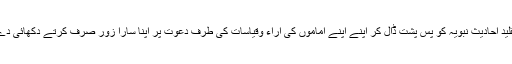
جبکہ اہلِ تقلید احادیث نبویہ کو پسِ پشت ڈال کر اپنے اپنے اماموں کی آراء وقیاسات کی طرف دعوت پر اپنا سارا زور صَرف کرتے دکھائی دے رہے ہیں۔